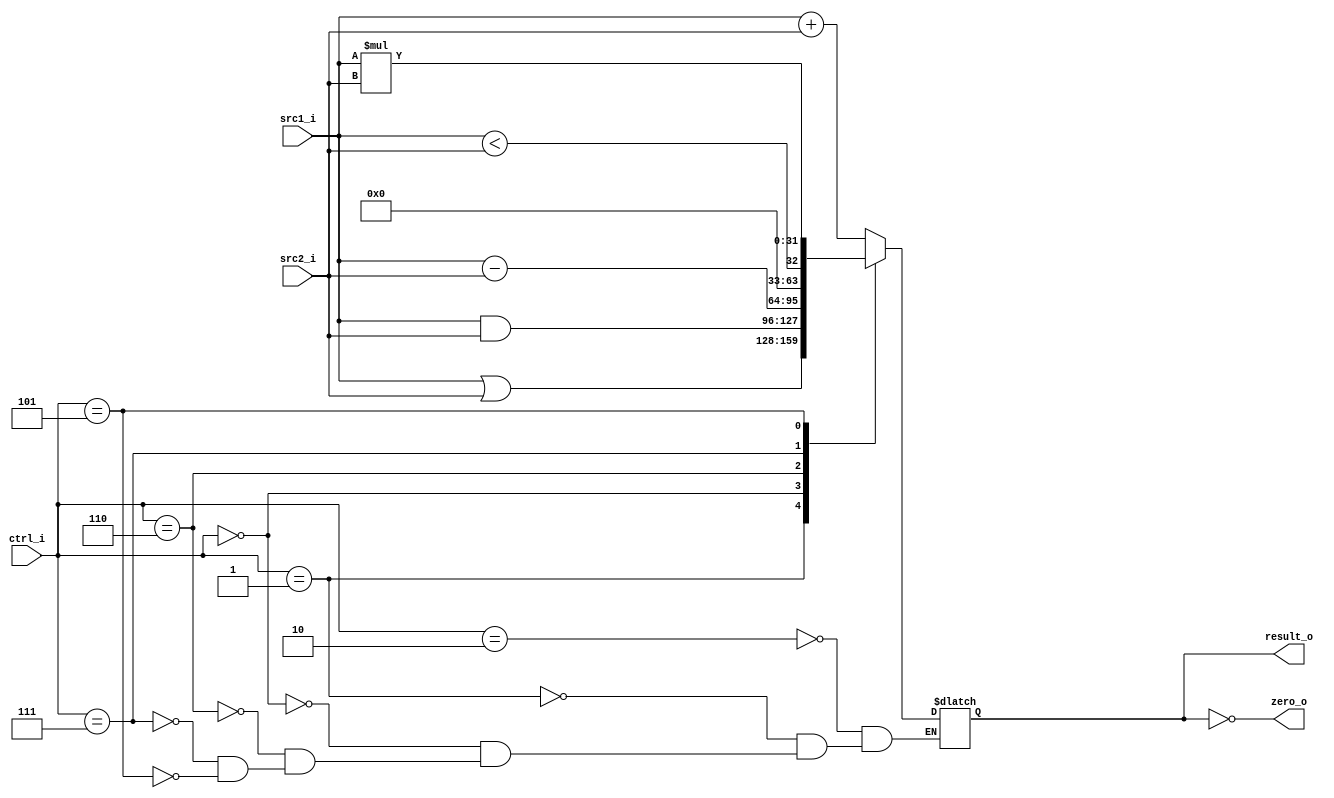
//Subject:     CO project 2 - ALU
//--------------------------------------------------------------------------------
//Version:     1
//--------------------------------------------------------------------------------
//Writer:      
//----------------------------------------------
//Date:        
//----------------------------------------------
//Description: 
//--------------------------------------------------------------------------------

module ALU(
    	src1_i,
	src2_i,
	ctrl_i,
	result_o,
	zero_o
	);
     
//I/O ports
input  [32-1:0]  src1_i;
input  [32-1:0]	 src2_i;
input  [4-1:0]   ctrl_i;

output [32-1:0]	 result_o;
output           zero_o;

//Internal signals
reg    [32-1:0]  result_o;
wire             zero_o;

//Parameter

//Main function
always@(ctrl_i, src1_i, src2_i)
begin
	case(ctrl_i)
		4'b0010 : result_o <= src1_i + src2_i; //add
		4'b0001 : result_o <= src1_i | src2_i; //or
		4'b0000 : result_o <= src1_i & src2_i; //and
		4'b0110 : result_o <= src1_i - src2_i; //sub
		4'b0111 : result_o <= src1_i < src2_i; //slt
		4'b0101 : result_o <= src1_i * src2_i; //mult
	endcase
end

assign zero_o = (result_o == 0);
endmodule